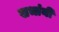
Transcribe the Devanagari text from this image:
सभांनी